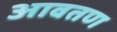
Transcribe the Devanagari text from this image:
आवतण